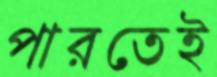
পারতেই